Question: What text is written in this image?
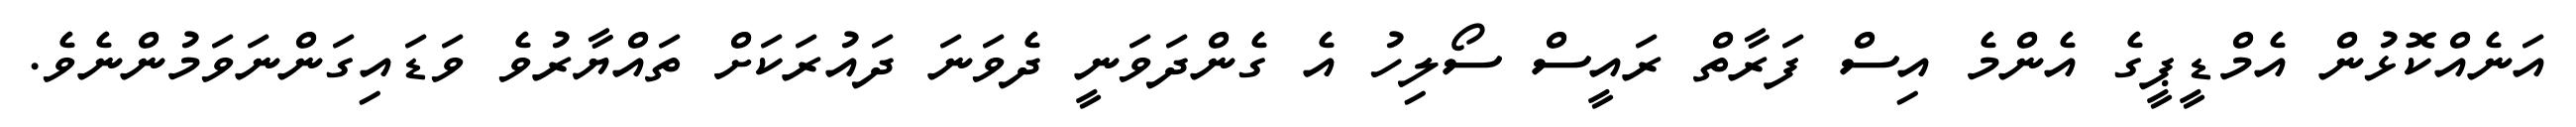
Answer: އަނެއްކޮޅުން އެމްޑީޕީގެ އެންމެ އިސް ފަރާތް ރައީސް ސޯލިހު އެ ގެންދަވަނީ ދެވަނަ ދައުރަކަށް ތައްޔާރުވެ ވަޑައިގަންނަވަމުންނެވެ.